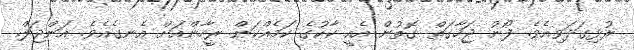
ރުޅިގަދަވިއެވެ. ފޯނު ޖަހާގަތް ގޮތުން އެއީ ކާކުގެ ކަމެއްކަން ރީހާންއަށް އެނގެއެވެ. އަންޖަލް.